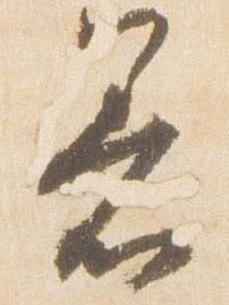
着